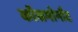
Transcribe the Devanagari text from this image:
कॉसमोनौट